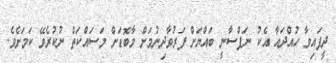
ދީފައިވާ ހުއްދައާ އެކު ނަފްސާނީ ބައްޔަށް ފަރުވާދިނުމަށް މާބޮޑަށް މަސައްކަތް ނުކުރެވޭ ކަމަށެވެ.